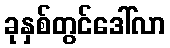
ခုနှစ်တွင်ဒေါ်လာ